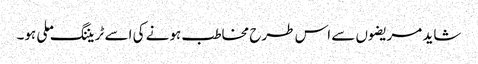
شاید مریضوں سے اس طرح مخاطب ہونے کی اسے ٹریننگ ملی ہو۔